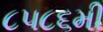
૮૫૮૬મી